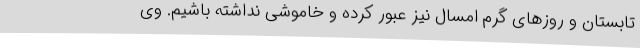
تابستان و روزهای گرم امسال نیز عبور کرده و خاموشی نداشته باشیم. وی